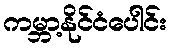
ကမ္ဘာ့နိုင်ငံပေါင်း